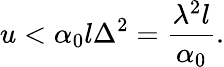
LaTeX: u<\alpha_{0}l\Delta^{2}=\frac{\lambda^{2}l}{\alpha_{0}}.